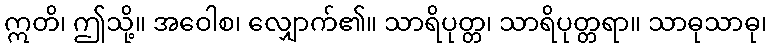
ဣတိ၊ ဤသို့။ အဝေါစ၊ လျှောက်၏။ သာရိပုတ္တ၊ သာရိပုတ္တရာ။ သာဓုသာဓု၊